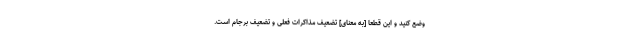
وضع کنید و این قطعاً [به معنای] تضعیف مذاکرات فعلی و تضعیف برجام است.